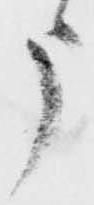
う